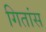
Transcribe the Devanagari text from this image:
गितांस